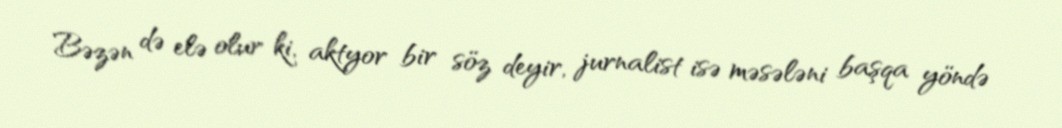
Bəzən də elə olur ki, aktyor bir söz deyir, jurnalist isə məsələni başqa yöndə